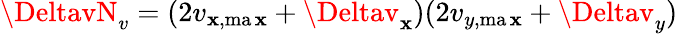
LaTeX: \DeltavN_{v}=(2v_{\mathbf{x},\operatorname*{ma\mathbf{x}}}+\Deltav_{\mathbf{x}})(2v_{y,\operatorname*{ma\mathbf{x}}}+\Deltav_{y})